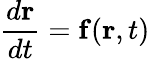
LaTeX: {\frac{d\mathbf{r}}{dt}}=\mathbf{f}(\mathbf{r},t)